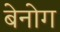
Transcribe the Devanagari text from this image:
बेनोग